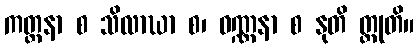
ကတ္ထနာ စ သိလာဃာ စ၊ ဝဏ္ဏနာ စ နုတိ တ္ထုတိ။